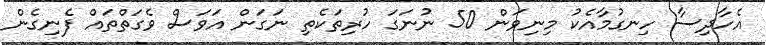
އެހާދިސާ ހިނގުމާއެކު މިނިވަން 50 ނުނަގަ ހުރިތަކެތި ނަގަން އަވަސް ވެގަތްތައް ފެނިގެން